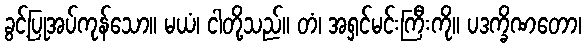
ခွင့်ပြုအပ်ကုန်သော။ မယံ၊ ငါတို့သည်။ တံ၊ အရှင်မင်းကြီးကို။ ပဒက္ခိဏတော၊